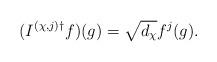
LaTeX: \begin{align*}( I^{ ( \chi , j ) \dagger } f ) ( g )=\sqrt{ d_\chi }f^j ( g ).\end{align*}